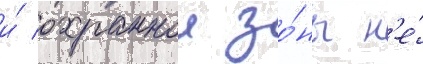
и́ охраннои зо́ны н'е́